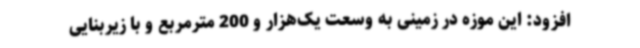
افزود: این موزه در زمینی به وسعت یک‌هزار و 200 مترمربع و با زیربنایی